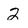
Character: 2